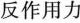
反作用力